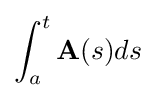
\int _{a}^{t}\mathbf {A} (s)ds